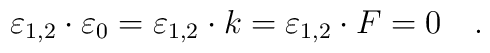
\varepsilon_{1,2}\cdot\varepsilon_0=\varepsilon_{1,2}\cdot k=\varepsilon_{1,2}\cdot F=0\quad .